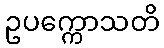
ဥပက္ကောသတိ